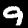
Label: 9